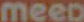
meeD